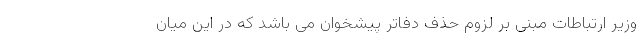
وزیر ارتباطات مبنی بر لزوم حذف دفاتر پیشخوان می باشد که در این میان